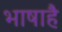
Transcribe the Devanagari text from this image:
भाषाहै